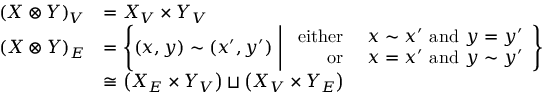
\begin{array} { r l } { { ( X \otimes Y ) } _ { V } } & { = { X } _ { V } \times { Y } _ { V } } \\ { { ( X \otimes Y ) } _ { E } } & { = \left\{ \left( x , y \right) \sim \left( x ^ { \prime } , y ^ { \prime } \right) \ \middle \vert \ \begin{array} { r l } { \mathrm { e i t h e r ~ } } & { x \sim x ^ { \prime } \mathrm { ~ a n d ~ } y = y ^ { \prime } } \\ { \mathrm { o r ~ } } & { x = x ^ { \prime } \mathrm { ~ a n d ~ } y \sim y ^ { \prime } } \end{array} \right\} } \\ & { \cong \left( { X } _ { E } \times { Y } _ { V } \right) \sqcup \left( { X } _ { V } \times { Y } _ { E } \right) } \end{array}